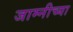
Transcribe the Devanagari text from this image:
जाम्नीच्या